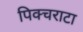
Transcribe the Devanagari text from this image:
पिक्चराटा